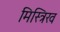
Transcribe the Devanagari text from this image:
मिस्त्रिख